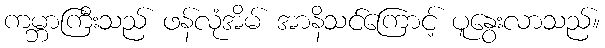
ကမ္ဘာကြီးသည် ဖန်လုံအိမ် အာနိသင်ကြောင့် ပူနွေးလာသည်။